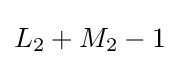
L_{2}+M_{2}-1